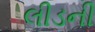
લીડની